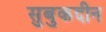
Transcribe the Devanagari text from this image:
सुबुकदीन